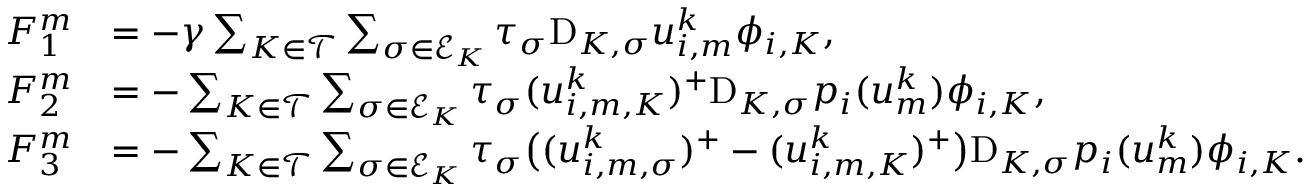
\begin{array} { r l } { F _ { 1 } ^ { m } } & { = - \gamma \sum _ { K \in { \mathcal T } } \sum _ { \sigma \in { \mathcal E } _ { K } } \tau _ { \sigma } \mathrm { D } _ { K , \sigma } u _ { i , m } ^ { k } \phi _ { i , K } , } \\ { F _ { 2 } ^ { m } } & { = - \sum _ { K \in { \mathcal T } } \sum _ { \sigma \in { \mathcal E } _ { K } } \tau _ { \sigma } ( u _ { i , m , K } ^ { k } ) ^ { + } \mathrm { D } _ { K , \sigma } p _ { i } ( u _ { m } ^ { k } ) \phi _ { i , K } , } \\ { F _ { 3 } ^ { m } } & { = - \sum _ { K \in { \mathcal T } } \sum _ { \sigma \in { \mathcal E } _ { K } } \tau _ { \sigma } \big ( ( u _ { i , m , \sigma } ^ { k } ) ^ { + } - ( u _ { i , m , K } ^ { k } ) ^ { + } \big ) \mathrm { D } _ { K , \sigma } p _ { i } ( u _ { m } ^ { k } ) \phi _ { i , K } . } \end{array}